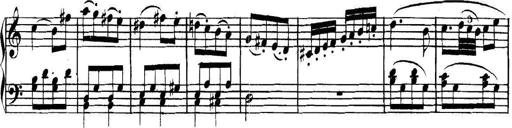
Title: Collected Piano Sonatas
Composer: Muzio Clementi